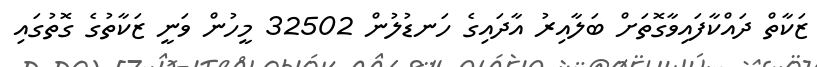
ޒަކާތް ދައްކާފައިވާގޮތަށް ބަލާއިރު އާދައިގެ ހަނޑުލުން 32502 މީހުން ވަނީ ޒަކާތުގެ ގޮތުގައި